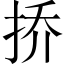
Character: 挢